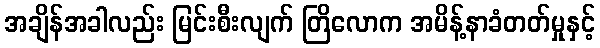
အချိန်အခါလည်း မြင်းစီးလျက် တြိလောက အမိန့်နာခံတတ်မှုနှင့်